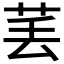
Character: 𱽝